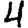
Digit: 4